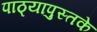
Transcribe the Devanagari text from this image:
पाठ्यापुस्तके